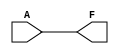
module single_variable_kmap (
    input wire A,  // Input variable
    output wire F  // Output variable
);

// K-map logic implementation
// F = A (if A = 1) or F = 0 (if A = 0)
// This can be represented as:
assign F = A; // Direct mapping for a single variable

endmodule